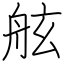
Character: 舷